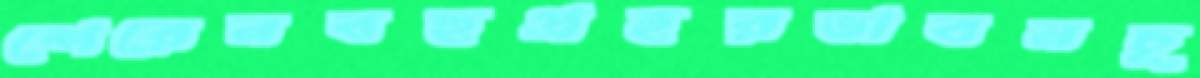
শেরেনবহুপ্রহরভাবনচূ